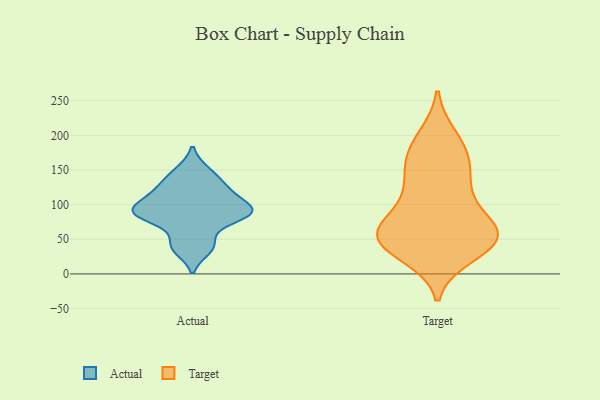
{"axis": {"x": "Latency (ms)", "y": "Value"}, "legend": ["Actual", "Target"], "data": [{"x": "", "y": 130, "type": "Actual"}, {"x": "", "y": 82, "type": "Actual"}, {"x": "", "y": 149, "type": "Actual"}, {"x": "", "y": 94, "type": "Actual"}, {"x": "", "y": 108, "type": "Actual"}, {"x": "", "y": 36, "type": "Actual"}, {"x": "", "y": 90, "type": "Actual"}, {"x": "", "y": 45, "type": "Actual"}, {"x": "", "y": 89, "type": "Actual"}, {"x": "", "y": 121, "type": "Actual"}, {"x": "", "y": 84, "type": "Actual"}, {"x": "", "y": 105, "type": "Target"}, {"x": "", "y": 54, "type": "Target"}, {"x": "", "y": 129, "type": "Target"}, {"x": "", "y": 152, "type": "Target"}, {"x": "", "y": 29, "type": "Target"}, {"x": "", "y": 53, "type": "Target"}, {"x": "", "y": 196, "type": "Target"}, {"x": "", "y": 185, "type": "Target"}, {"x": "", "y": 55, "type": "Target"}, {"x": "", "y": 174, "type": "Target"}, {"x": "", "y": 56, "type": "Target"}, {"x": "", "y": 41, "type": "Target"}, {"x": "", "y": 143, "type": "Target"}, {"x": "", "y": 49, "type": "Target"}, {"x": "", "y": 88, "type": "Target"}, {"x": "", "y": 59, "type": "Target"}, {"x": "", "y": 57, "type": "Target"}]}